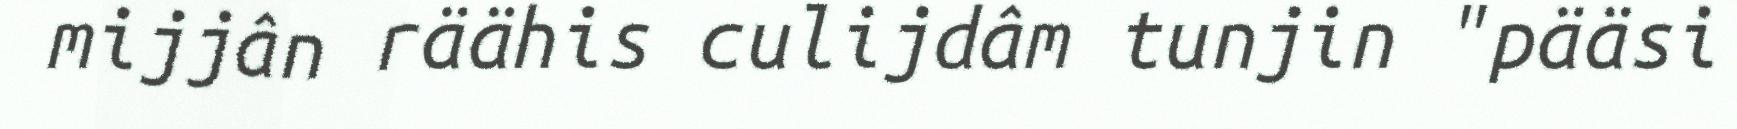
mijjân räähis culijdâm tunjin "pääsi